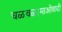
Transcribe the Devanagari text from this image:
चळवळ।माओवादी